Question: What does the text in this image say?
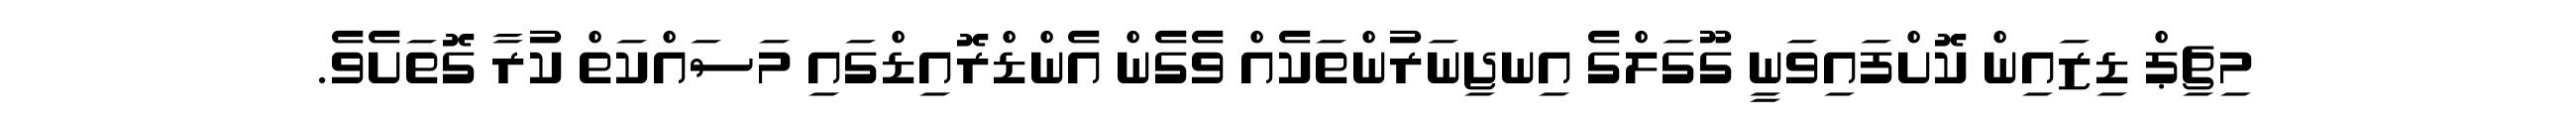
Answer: މިޗިޕް ޑިޒައިން ކޮށްފައިވަނީ ގޫގަލްގެ އިނޖިނަރުންތަކެއް ވެގެން އެންޑްރޮއިޑްގައި މަސައްކަތް ކުރާ ގޮތަށެވެ.